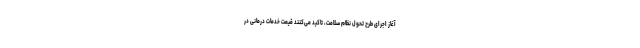
آغاز اجرای طرح تحول نظام سلامت، تاکید می‌کنند قیمت خدمات درمانی در